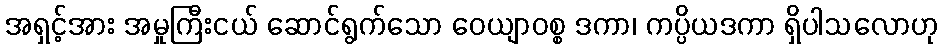
အရှင့်အား အမှုကြီးငယ် ဆောင်ရွက်သော ဝေယျာဝစ္စ ဒကာ၊ ကပ္ပိယဒကာ ရှိပါသလောဟု